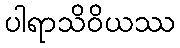
ပါရာသိဝိယဿ